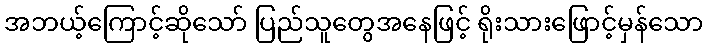
အဘယ့်ကြောင့်ဆိုသော် ပြည်သူတွေအနေဖြင့် ရိုးသားဖြောင့်မှန်သော